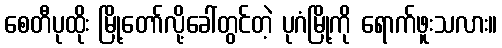
စေတီပုထိုး မြို့တော်လို့ခေါ်တွင်တဲ့ ပုဂံမြို့ကို ရောက်ဖူးသလား။